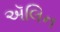
ઍલિન